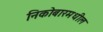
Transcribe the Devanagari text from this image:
निकोबारमधील